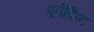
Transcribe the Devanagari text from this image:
पूर्वर्दिष्ट